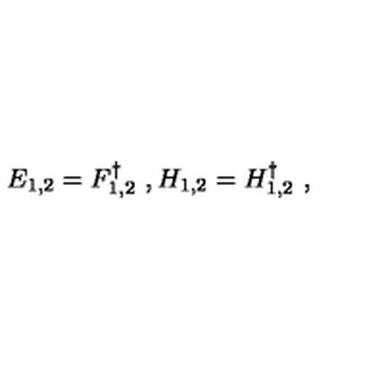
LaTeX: E _ { 1 , 2 } = F _ { 1 , 2 } ^ { \dagger } \ , H _ { 1 , 2 } = H _ { 1 , 2 } ^ { \dagger } \ ,